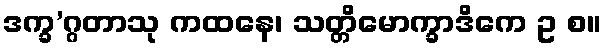
ဒက္ခ’ဂ္ဂတာသု ကထနေ၊ သတ္တိမောက္ခာဒိကေ ဥ စ။